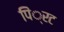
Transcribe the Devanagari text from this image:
पिं्रट